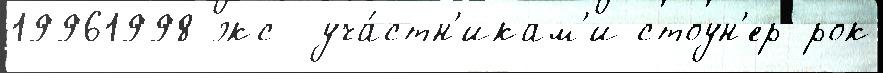
19961998 экс- уча́стн'икам'и стоун'ер-рок